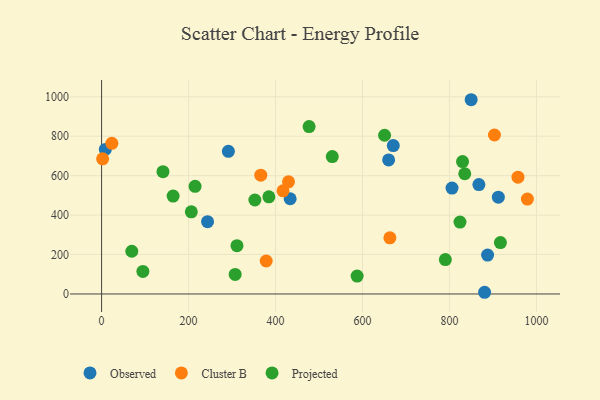
{"axis": {"x": "Investment", "y": "Demand"}, "legend": ["Cluster B", "Observed", "Projected"], "data": [{"x": "243.7", "y": 366.6, "type": "Observed"}, {"x": "912.4", "y": 490.8, "type": "Observed"}, {"x": "660.1", "y": 679.7, "type": "Observed"}, {"x": "670.8", "y": 752.8, "type": "Observed"}, {"x": "805.9", "y": 537.1, "type": "Observed"}, {"x": "291.6", "y": 723.7, "type": "Observed"}, {"x": "849.9", "y": 985.2, "type": "Observed"}, {"x": "8.6", "y": 733.1, "type": "Observed"}, {"x": "887.7", "y": 197.5, "type": "Observed"}, {"x": "433.7", "y": 483.0, "type": "Observed"}, {"x": "880.8", "y": 8.6, "type": "Observed"}, {"x": "867.7", "y": 554.7, "type": "Observed"}, {"x": "663.0", "y": 284.9, "type": "Cluster B"}, {"x": "378.6", "y": 167.1, "type": "Cluster B"}, {"x": "417.3", "y": 523.0, "type": "Cluster B"}, {"x": "429.9", "y": 568.7, "type": "Cluster B"}, {"x": "23.6", "y": 764.0, "type": "Cluster B"}, {"x": "366.1", "y": 602.5, "type": "Cluster B"}, {"x": "903.5", "y": 806.3, "type": "Cluster B"}, {"x": "979.2", "y": 481.3, "type": "Cluster B"}, {"x": "957.6", "y": 592.3, "type": "Cluster B"}, {"x": "2.4", "y": 685.3, "type": "Cluster B"}, {"x": "141.2", "y": 620.1, "type": "Projected"}, {"x": "790.6", "y": 174.4, "type": "Projected"}, {"x": "384.7", "y": 492.6, "type": "Projected"}, {"x": "164.5", "y": 496.6, "type": "Projected"}, {"x": "830.1", "y": 671.3, "type": "Projected"}, {"x": "307.2", "y": 99.3, "type": "Projected"}, {"x": "352.5", "y": 476.7, "type": "Projected"}, {"x": "530.5", "y": 696.9, "type": "Projected"}, {"x": "650.8", "y": 805.0, "type": "Projected"}, {"x": "835.2", "y": 609.7, "type": "Projected"}, {"x": "206.4", "y": 416.5, "type": "Projected"}, {"x": "477.2", "y": 849.2, "type": "Projected"}, {"x": "215.0", "y": 546.0, "type": "Projected"}, {"x": "917.2", "y": 260.8, "type": "Projected"}, {"x": "311.4", "y": 244.7, "type": "Projected"}, {"x": "95.0", "y": 114.3, "type": "Projected"}, {"x": "824.2", "y": 364.5, "type": "Projected"}, {"x": "69.5", "y": 216.7, "type": "Projected"}, {"x": "587.7", "y": 91.0, "type": "Projected"}]}